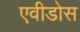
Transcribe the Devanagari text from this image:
एवीडोस